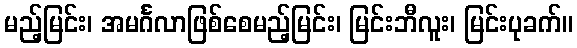
မည့်မြင်း၊ အမင်္ဂလာဖြစ်စေမည့်မြင်း၊ မြင်းဘီလူး၊ မြင်းပုခက်။